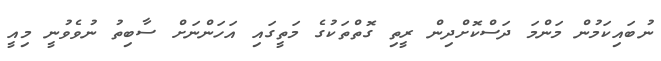
ނުބައިކަމުން މަންމަ ދަސްކޮށްދިން ރީތި ގޮތްތަކުގެ މަތީގައި އަހަންނަށް ސާބިތު ނުވެވުނީ މިއީ